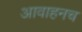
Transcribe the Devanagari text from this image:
आवाहनच